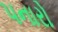
પનારો